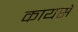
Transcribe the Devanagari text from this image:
कायसे